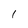
Character: 1